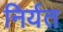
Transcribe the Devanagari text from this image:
निर्यत